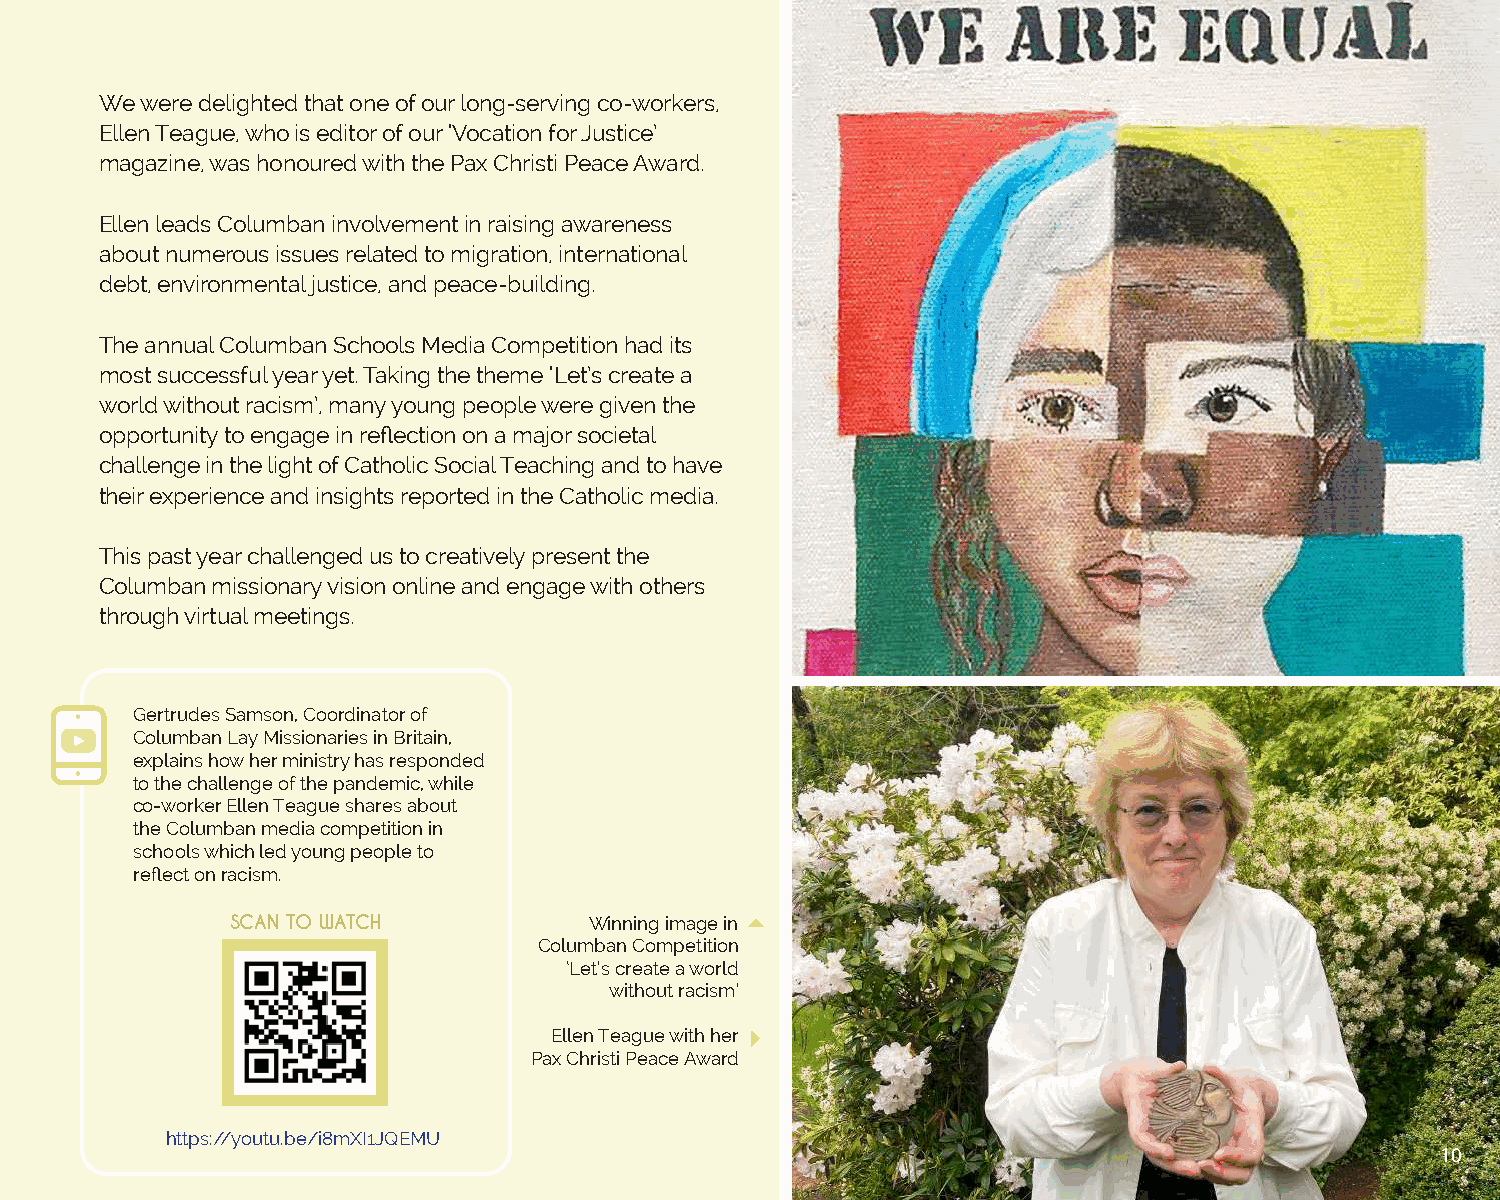
We were delighted that one of our long-serving co-workers,
 Ellen Teague, who is editor of our ‘Vocation for Justice’
 magazine, was honoured with the Pax Christi Peace Award.
 Ellen leads Columban involvement in raising awareness
 about numerous issues related to migration, international
 debt, environmental justice, and peace-building.
 The annual Columban Schools Media Competition had its
 most successful year yet. Taking the theme ‘Let’s create a
 world without racism’, many young people were given the
 opportunity to engage in reflection on a major societal
 challenge in the light of Catholic Social Teaching and to have
 their experience and insights reported in the Catholic media.
 This past year challenged us to creatively present the
 Columban missionary vision online and engage with others
 through virtual meetings.
 Gertrudes Samson, Coordinator of
 Columban Lay Missionaries in Britain,
 explains how her ministry has responded
 to the challenge of the pandemic, while
 co-worker Ellen Teague shares about
 the Columban media competition in
 schools which led young people to
 reflect on racism.
 SCAN TO WATCH           Winning image in
 Columban Competition
 ‘Let’s create a world
 without racism’
 Ellen Teague with her
 Pax Christi Peace Award
 https://youtu.be/i8mXI1JQEMU
 10